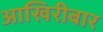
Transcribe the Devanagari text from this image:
आखिरीबार